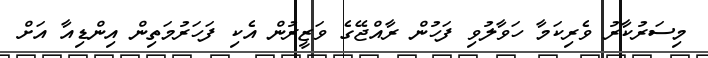
މިސަރުކާރު ވެރިކަމާ ހަވާލުވި ފަހުން ރާއްޖޭގެ ވަޒީރުން އެކި ފަހަރުމަތިން އިންޑިއާ އަށް